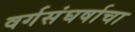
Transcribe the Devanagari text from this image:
वर्गसंघर्षाचा